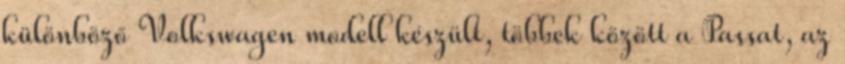
különböző Volkswagen modell készült, többek között a Passat, az